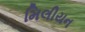
મિલીયન